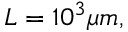
L = 1 0 ^ { 3 } \mu m ,